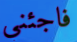
فاجئني